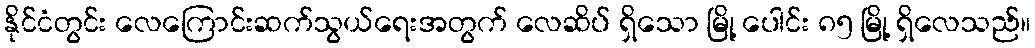
နိုင်ငံတွင်း လေကြောင်းဆက်သွယ်ရေးအတွက် လေဆိပ် ရှိသော မြို့ ပေါင်း ၈၅ မြို့ ရှိလေသည်။